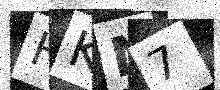
Text: HKN7